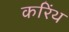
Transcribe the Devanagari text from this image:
करिंथ